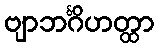
ဗျာဘင်္ဂိဟတ္ထာ